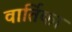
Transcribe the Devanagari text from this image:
वार्तिका